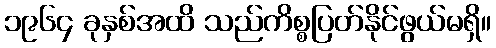
၁၉၆၄ ခုနှစ်အထိ သည်ကိစ္စပြတ်နိုင်ဖွယ်မရှိ။